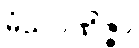
မံသဝဏိဇ္ဇာ